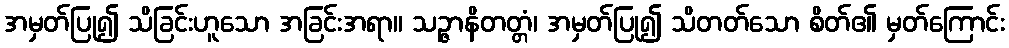
အမှတ်ပြု၍ သိခြင်းဟူသော အခြင်းအရာ။ သဉ္ဇာနိတတ္တံ၊ အမှတ်ပြု၍ သိတတ်သော စိတ်၏ မှတ်ကြောင်း